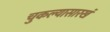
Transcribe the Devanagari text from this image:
चुकल्यासारखं